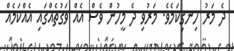
ދެ މަރު ހިނގިކަމެވެ. މަރުވި ދެ މީހުން ވެސް އެއް ވަގުތެއްގައި އެއްކަމެއް